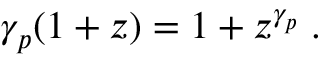
\gamma _ { p } ( 1 + z ) = 1 + z ^ { \gamma _ { p } } \; .